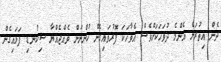
ދެން އިތުރަށް އެންމެ ދުވަހަކަށްވެސް އެވާހަކަ ފޮރުވައިގެން ހުންނަން ވެއްޖެއްޔާ ސިކުނޑި ފަޅައިގެން